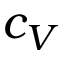
c _ { V }